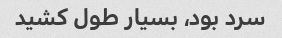
سرد بود، بسیار طول کشید